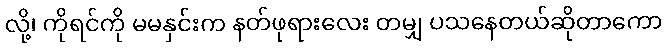
လို့၊ ကိုရင်ကို မမနှင်းက နတ်ဖုရားလေး တမျှ ပသနေတယ်ဆိုတာကော